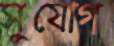
সুযোগ